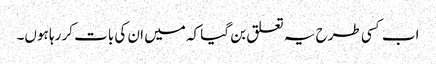
اب کسی طرح یہ تعلق بن گیا کہ میں ان کی بات کر رہا ہوں۔